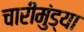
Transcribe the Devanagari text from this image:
चारीमुंड्या